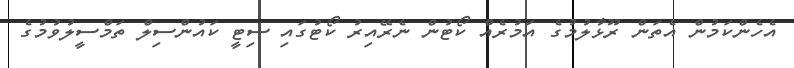
އެހެންކަމުން އެތަން ރޫޅާލުމުގެ އަމުރެއް ކޯޓުން ނެރޭއިރު ކޯޓުގައި ސިޓީ ކައުންސިލް ތަމްސީލުވުމުގެ